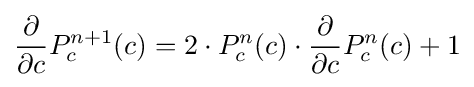
{\frac {\partial }{\partial {c}}}P_{c}^{n+1}(c)=2\cdot {}P_{c}^{n}(c)\cdot {\frac {\partial }{\partial {c}}}P_{c}^{n}(c)+1